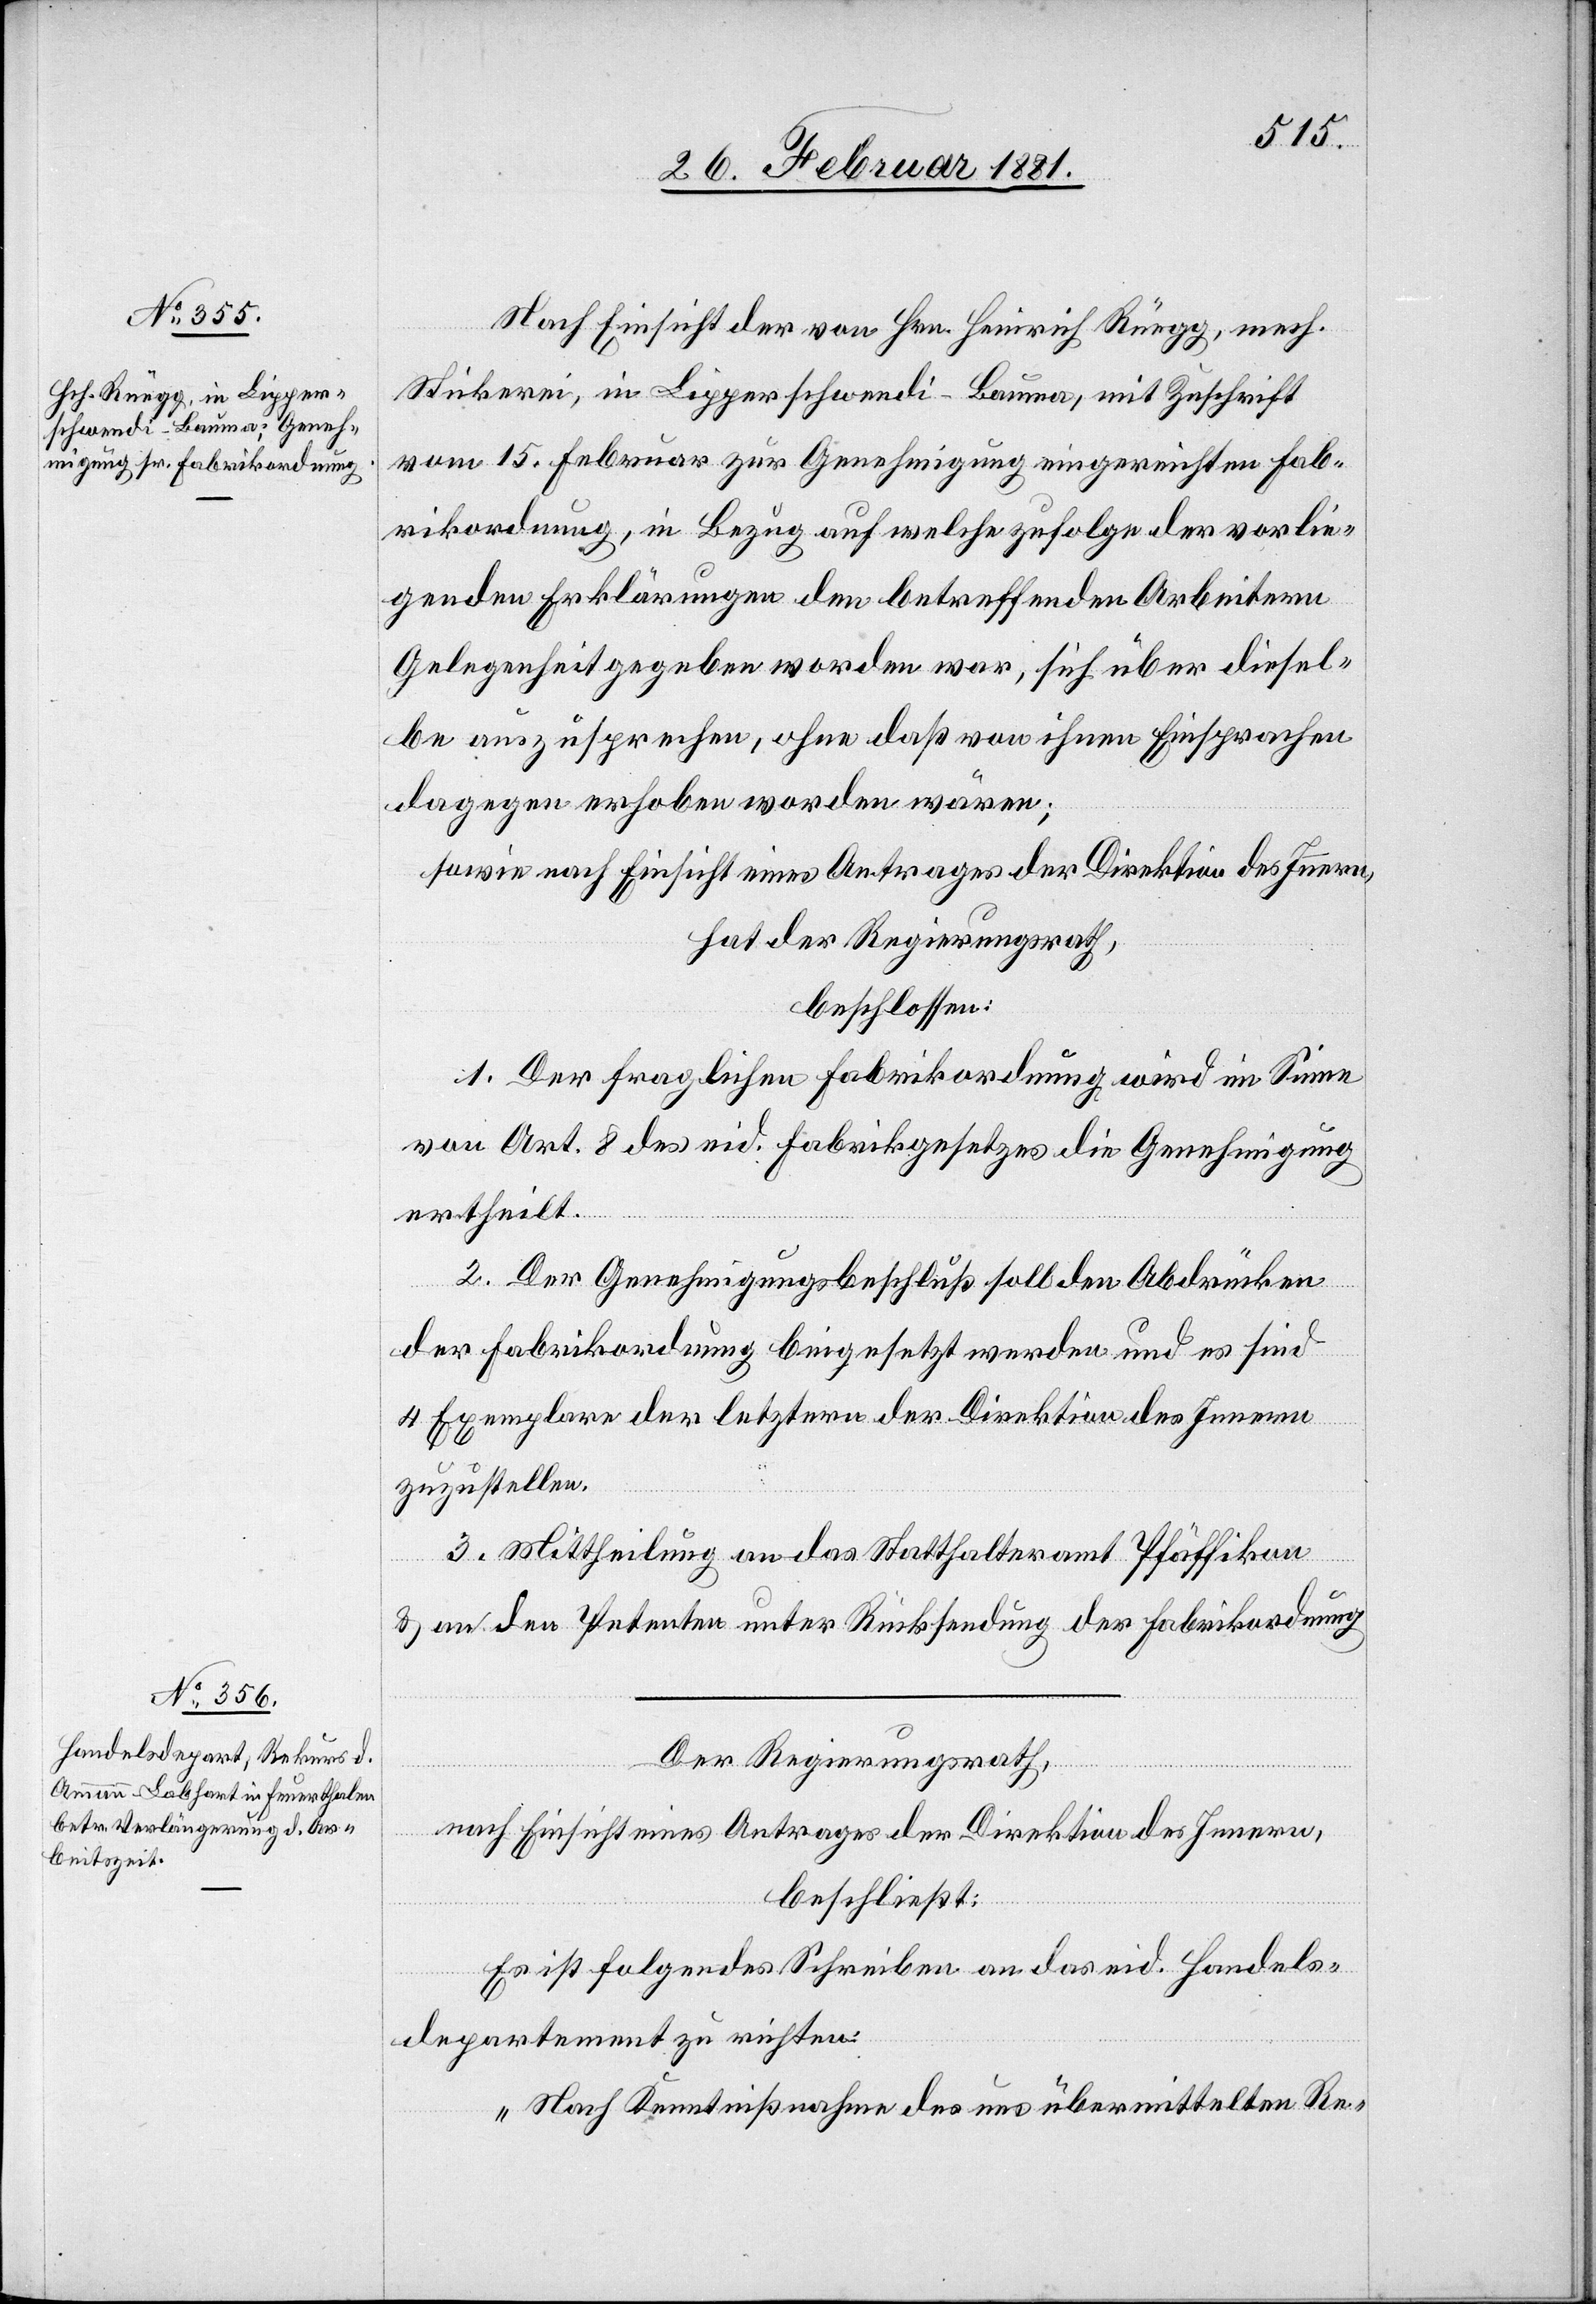
Nach Einsicht der von Hrn. Heinrich Rüegg, mech.
Stickerei, in Lipperschwendi - Bauma, mit Zuschrift
vom 15. Februar zur Genehmigung eingereichten Fab¬
rikordnung, in Bezug auf welche zufolge der vorlie¬
genden Erklärungen den betreffenden Arbeitern
Gelegenheit gegeben worden war, sich über diesel¬
be auszusprechen, ohne daß von ihnen Einsprachen
dagegen erhoben worden wären;
sowie nach Einsicht eines Antrages der Direktion des Innern,
hat der Regierungsrath,
beschlossen:
1. Der fraglichen Fabrikordnung wird im Sinne
von Art. 8 des eid. Fabrikgesetzes die Genehmigung
ertheilt.
2.
2. Der Genehmigungsbeschluß soll den Abdrücken
der Fabrikordnung beigesetzt werden und es sind
4 Exemplare der letztern der Direktion des Innern
zuzustellen.
3. Mittheilung an das Statthalteramt Pfäffikon
& an den Petenten unter Rücksendung der Fabrikordnung.
Der Regierungsrath,
nach Einsicht eines Antrages der Direktion des Innern,
beschließt:
Es ist folgendes Schreiben an das eid. Handels¬
departement zu richten:
„Nach Kenntnißnahme des uns übermittelten Re-